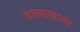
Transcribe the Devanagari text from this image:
वचनाखातर